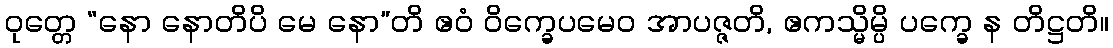
ဝုတ္တေ “နော နောတိပိ မေ နော”တိ ဧဝံ ဝိက္ခေပမေဝ အာပဇ္ဇတိ, ဧကသ္မိမ္ပိ ပက္ခေ န တိဋ္ဌတိ။